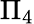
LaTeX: \Pi_{4}